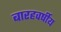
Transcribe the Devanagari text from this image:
बारहवर्षीय